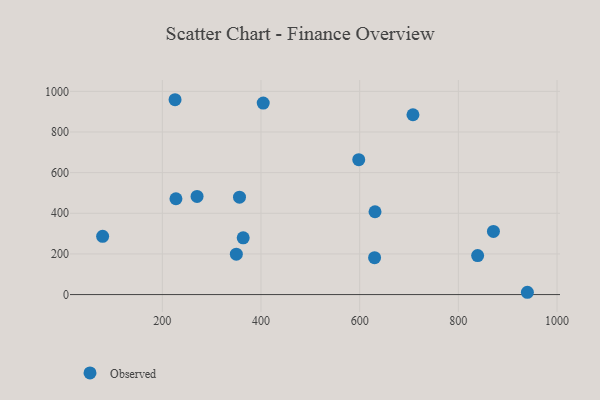
{"axis": {"x": "Ad Spend", "y": "Rating"}, "legend": ["Observed"], "data": [{"x": "225.8", "y": 958.8, "type": "Observed"}, {"x": "839.1", "y": 191.8, "type": "Observed"}, {"x": "350.0", "y": 199.0, "type": "Observed"}, {"x": "708.0", "y": 884.9, "type": "Observed"}, {"x": "630.2", "y": 181.6, "type": "Observed"}, {"x": "363.9", "y": 279.4, "type": "Observed"}, {"x": "871.1", "y": 310.5, "type": "Observed"}, {"x": "356.4", "y": 479.2, "type": "Observed"}, {"x": "79.0", "y": 286.4, "type": "Observed"}, {"x": "631.1", "y": 407.5, "type": "Observed"}, {"x": "939.9", "y": 11.3, "type": "Observed"}, {"x": "227.6", "y": 471.4, "type": "Observed"}, {"x": "404.5", "y": 942.3, "type": "Observed"}, {"x": "598.1", "y": 663.8, "type": "Observed"}, {"x": "270.4", "y": 483.0, "type": "Observed"}]}